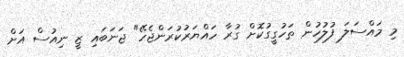
މި މައްސަލަ ފުލުހުން ތަހުގީގުކޮށް ގުރާ ހައްޔަރުކުރަންޖެހޭ" ޖަނަބައި ޒީ ނިއުސް އަށް